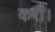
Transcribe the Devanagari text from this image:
करौ।